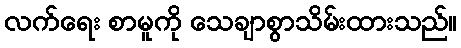
လက်ရေး စာမူကို သေချာစွာသိမ်းထားသည်။